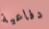
دفاعية